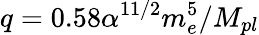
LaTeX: q=0.58\alpha^{11/2}m_{e}^{5}/M_{pl}